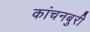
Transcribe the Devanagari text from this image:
कांचनबुरी